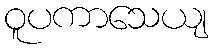
ဝူပကာသေယျ